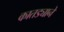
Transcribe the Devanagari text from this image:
कातड्याने